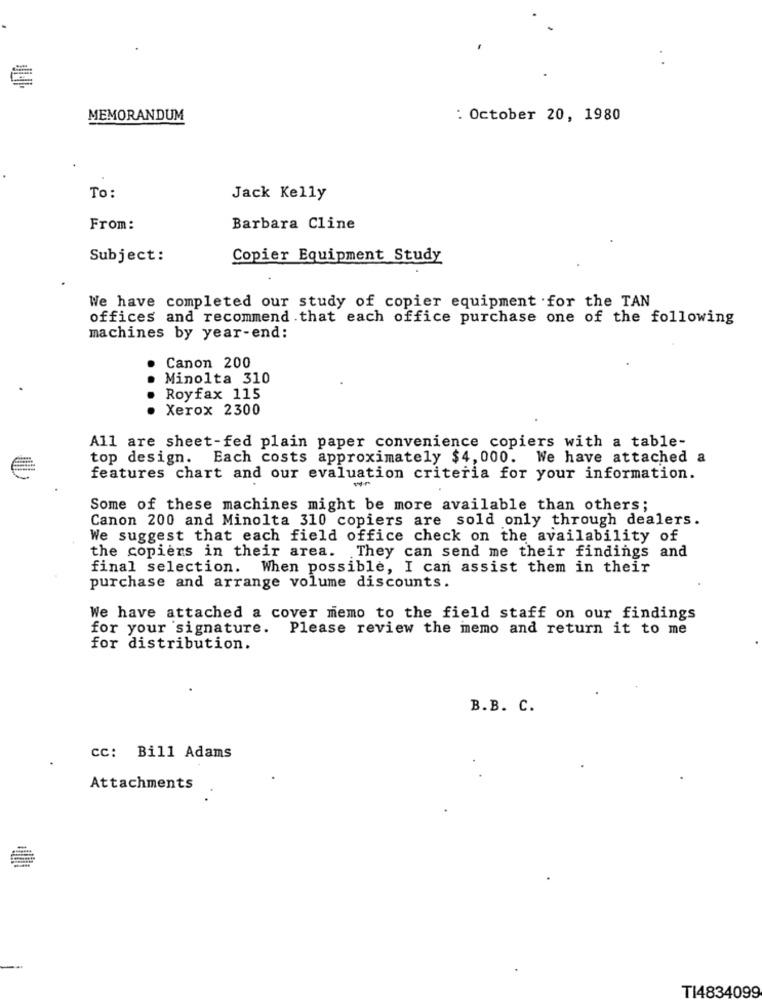
MEMORANDUM
: October 20, 1980
To:
Jack Kelly
From:
Barbara Cline
Subject:
Copier Equipment Study
We have completed our study of copier equipment for the TAN
offices and recommend . that each office purchase one of the following
machines by year-end:
Canon 200
Minolta 310
Royfax 115
...
Xerox 2300
All are sheet-fed plain paper convenience copiers with a table-
top design.
Each costs approximately $4,000. We have attached a
features chart and our evaluation criteria for your information.
Some of these machines might be more available than others;
Canon 200 and Minolta 310 copiers are sold only through dealers.
We suggest that each field office check on the availability of
They can send me their findings and
the copiers in their area.
final selection. When possible, I can assist them in their
purchase and arrange volume discounts.
We have attached a cover memo to the field staff on our findings
for your signature. Please review the memo and return it to me
for distribution.
B.B. C.
cc: Bill Adams
Attachments
TI4834099